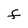
Character: F